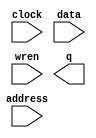
module ram_t2 (
	address,
	clock,
	data,
	wren,
	q);

	input	[8:0]  address;
	input	  clock;
	input	[6:0]  data;
	input	  wren;
	output	[6:0]  q;
`ifndef ALTERA_RESERVED_QIS
// synopsys translate_off
`endif
	tri1	  clock;
`ifndef ALTERA_RESERVED_QIS
// synopsys translate_on
`endif

endmodule